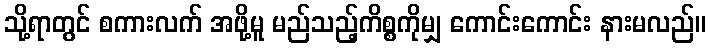
သို့ရာတွင် စကားလက် အဖို့မူ မည်သည့်ကိစ္စကိုမျှ ကောင်းကောင်း နားမလည်။